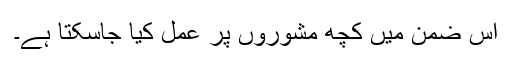
اس ضمن میں کچھ مشوروں پر عمل کیا جاسکتا ہے۔